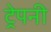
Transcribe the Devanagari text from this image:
ट्रेपनी